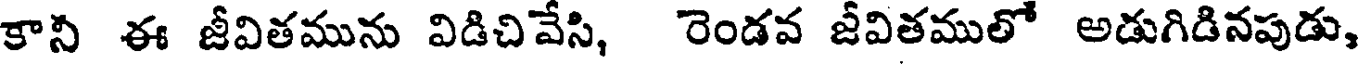
కాని ఈ జీవితమును విడిచివేసి, రెండవ జీవితములో అడుగిడినపుడు,